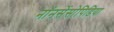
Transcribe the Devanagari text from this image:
नॉनसेंसोपिडिया